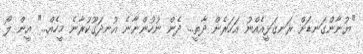
"ޔުނާންގަނޑަށް ރަނގަޅީއެއްނު އަހަރެން ދާތީ... ދެން ނުހުންނާނެ އުނދަގޫކުރާނެ މީހެއް..." އީން ލޯ